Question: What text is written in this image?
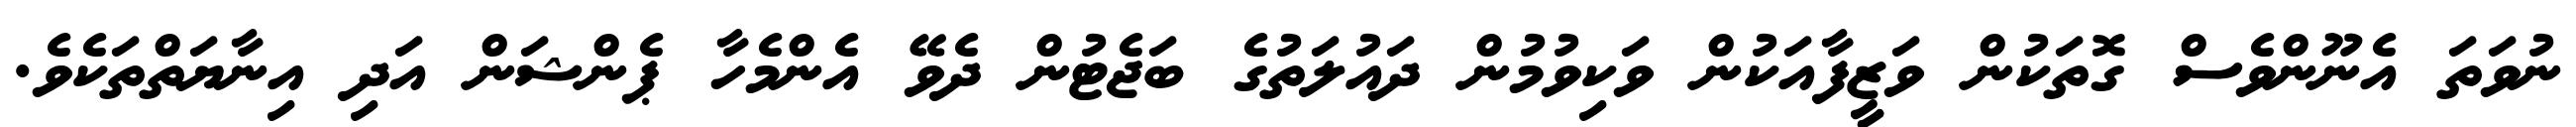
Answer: ނުވަތަ އެނޫންވެސް ގޮތަކުން ވަޒީފާއަކުން ވަކިވުމުން ދައުލަތުގެ ބަޖެޓުން ދެވޭ އެންމެހާ ޕެންޝަން އަދި އިނާޔަތްތަކެވެ.